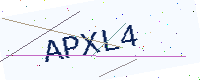
Text: APXL4